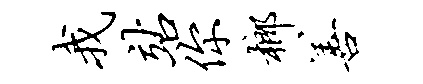
我站你榔善